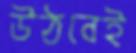
উঠবেই